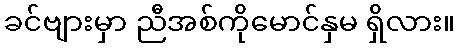
ခင်ဗျားမှာ ညီအစ်ကိုမောင်နှမ ရှိလား။